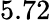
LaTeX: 5.72